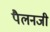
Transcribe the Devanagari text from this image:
पैलनजी